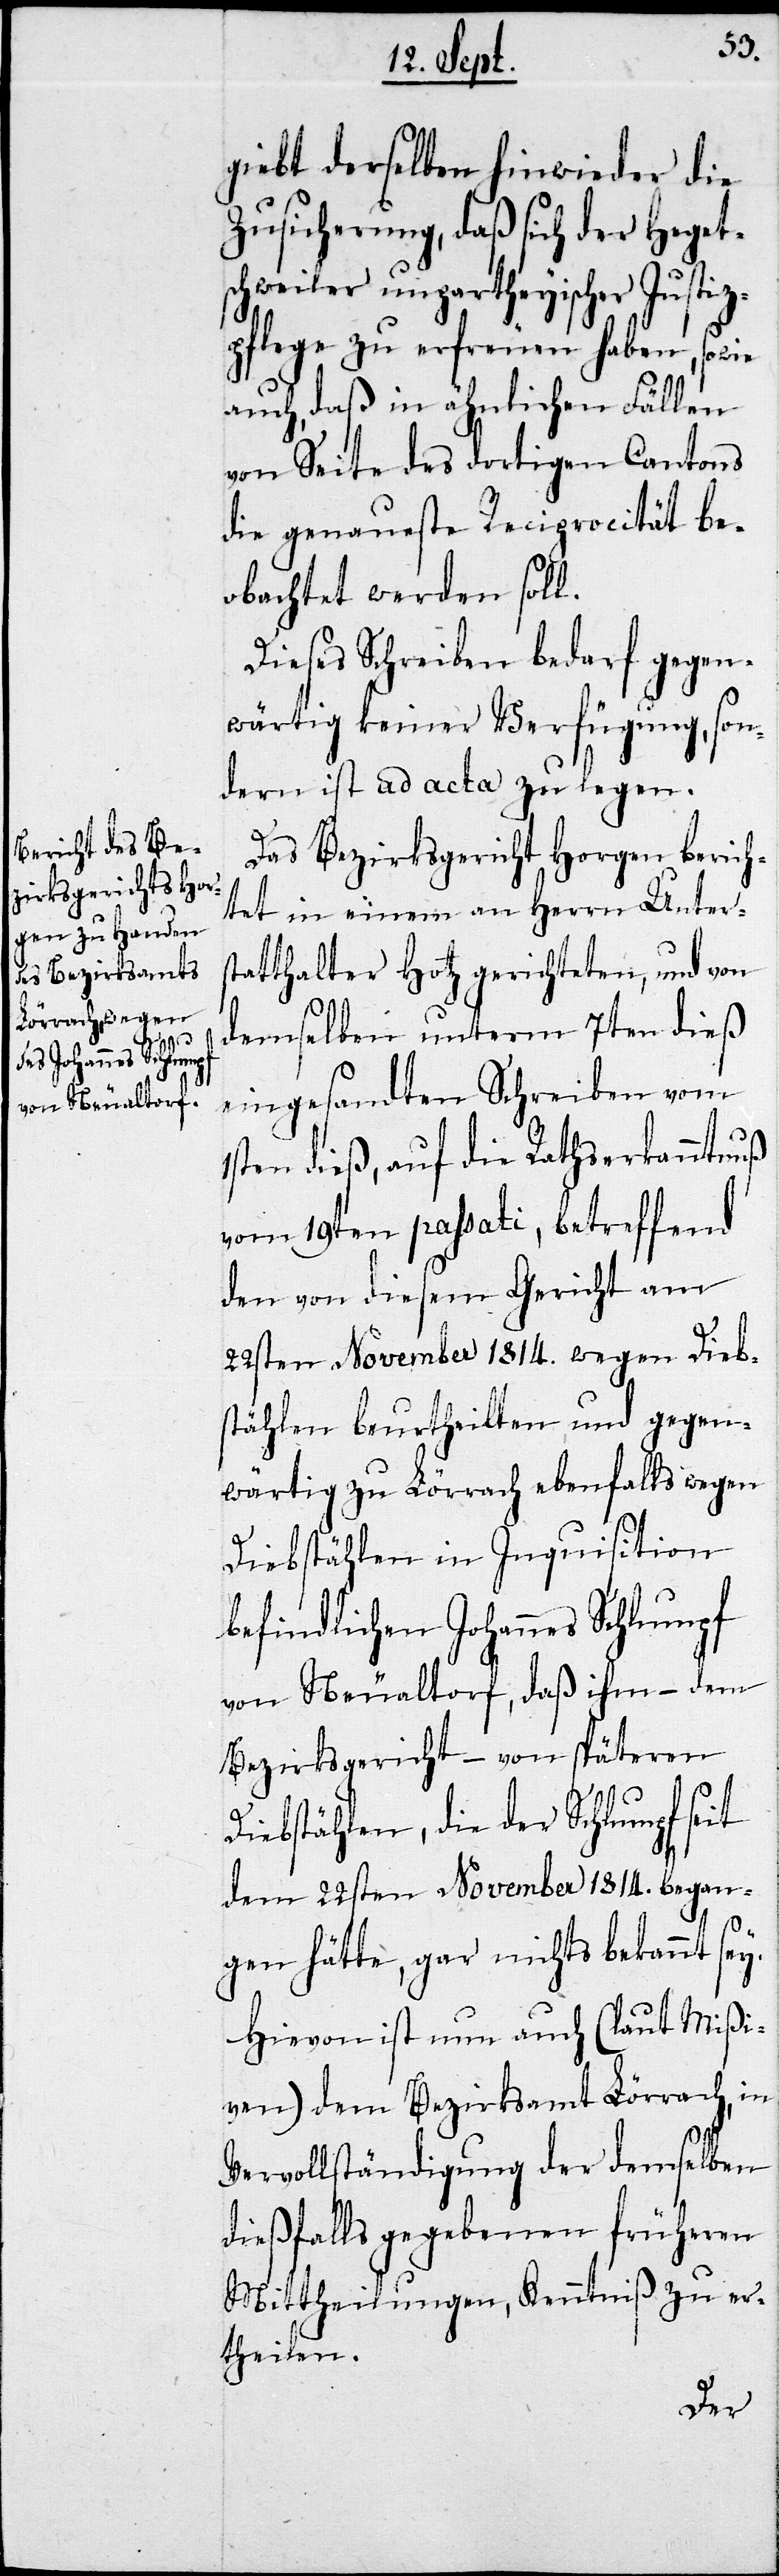
giebt derselben wieder die
Zusicherung, daß sich der Heget¬
schweiler unpartheyischer Justi¬
zpflege zu erfreuen haben, sowie
auch, daß in ähnlichen Fällen
von Seite des dortigen Cantons
die genaueste Reciprocität be¬
obachtet werden soll.
Dieses Schreiben bedarf gegen¬
wärtig keiner Verfügung, son¬
dern ist ad acta zu legen.
Das Bezirksgericht Horgen berich¬
tet in einem an Herrn Unters¬
tatthalter Hotz gerichteten, und von
demselben unterm 7ten dieß
eingesandten Schreiben vom
1sten dieß, auf die Rathserkanntnuß
vom 19ten paßati, betreffend
den von diesem Gericht am
22sten November 1814. wegen Dieb¬
stählen beurtheilten und gegen¬
wärtig zu Lörrach ebenfalls wegen
Diebstählen in Inquisition
befindlichen Johannes Schlumpf
von Neualtorf, daß ihm – dem
Bezirksgericht – von späteren
Diebstählen, die der Schlumpf seit
dem 22sten November 1814. began¬
gen hätte, gar nichts bekannt sey.
Hievon ist nun auch (laut Mißi¬
ven) dem Bezirksamt Lörrach, in
Vervollständigung der demselben
dießfalls gegebenen früheren
Mittheilungen, Kenntniß zu er¬
theilen.